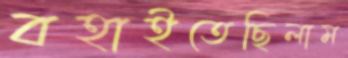
বহাইতেছিলাম